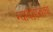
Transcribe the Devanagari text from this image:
न्यायशास्त्राचा